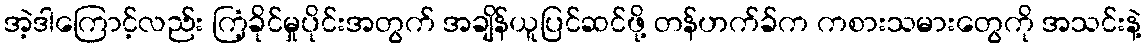
အဲ့ဒါကြောင့်လည်း ကြံ့ခိုင်မှုပိုင်းအတွက် အချိန်ယူပြင်ဆင်ဖို့ တန်ဟက်ခ်က ကစားသမားတွေကို အသင်းနဲ့